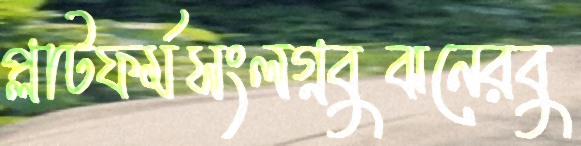
প্লাটফর্মসংলগ্নবুঝনেরবু